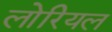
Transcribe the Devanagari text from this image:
लोरियल